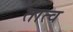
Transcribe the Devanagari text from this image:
तात्व